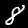
Digit: 8